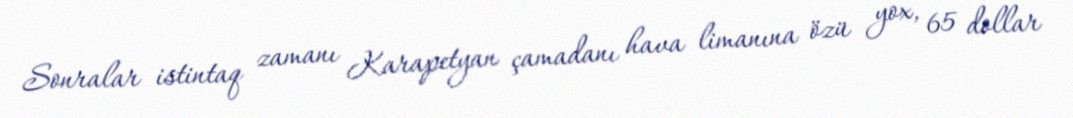
Sonralar istintaq zamanı Karapetyan çamadanı hava limanına özü yox, 65 dollar